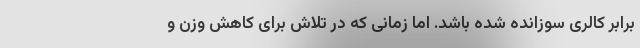
برابر کالری سوزانده شده باشد. اما زمانی که در تلاش برای کاهش وزن و